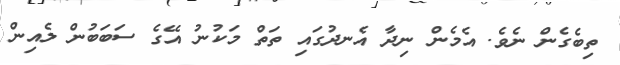
ތިބެގެން ނެވެ. އެމެން ނިދާ އެނދުގައި ތަތް މަކުނު އޭގެ ސަބަބުން ލެއިން